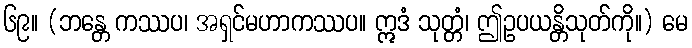
၆၉။ (ဘန္တေ ကဿပ၊ အရှင်မဟာကဿပ။ ဣဒံ သုတ္တံ၊ ဤဥပယန္တိသုတ်ကို။) မေ